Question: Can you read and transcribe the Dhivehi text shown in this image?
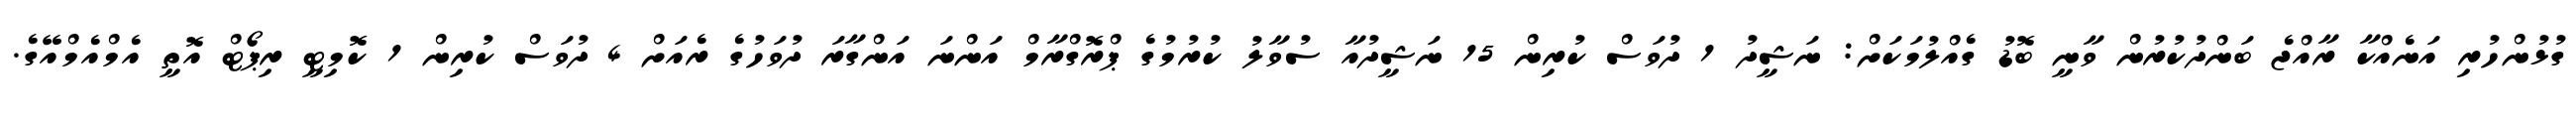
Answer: ގުޅުންހުރި އަނެއްކާ ރާއްޖެ ބަންދުކުރުން ވާނީ ބޮޑު ގެއްލުމަކަށް: ނަޝީދު 1 ދުވަސް ކުރިން 15 ނަޝީދުއާ ސުވާލު ކުރުމުގެ ޕްރޮގްރާމް އަންނަ އަންގާރަ ދުވަހުގެ ރެއަށް 4 ދުވަސް ކުރިން 1 ކޮމިޓީ ރިޕޯޓް އޮތީ އެމްއެމްއޭގެ.